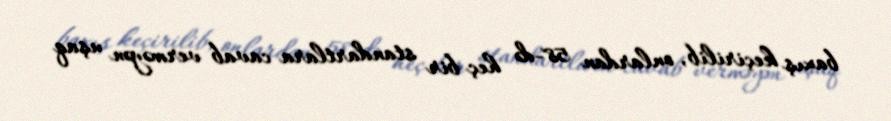
baxış keçirilib, onlardan 58-də heç bir standartlara cavab verməyən uşaq